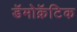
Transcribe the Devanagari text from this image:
डॅमोक्रॅटिक